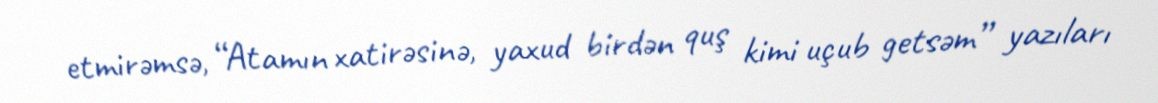
etmirəmsə, “Atamın xatirəsinə, yaxud birdən quş kimi uçub getsəm” yazıları